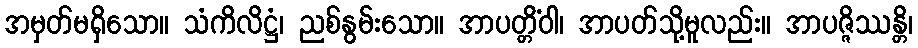
အမှတ်မရှိသော။ သံကိလိဋ္ဌံ၊ ညစ်နွမ်းသော။ အာပတ္တိံဝါ၊ အာပတ်သို့မူလည်း။ အာပဇ္ဇိဿန္တိ၊